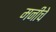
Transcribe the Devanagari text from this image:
मनीचे